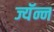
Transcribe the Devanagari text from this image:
ज्यॅन्न